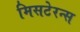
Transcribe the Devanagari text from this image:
मिसटेरन्स